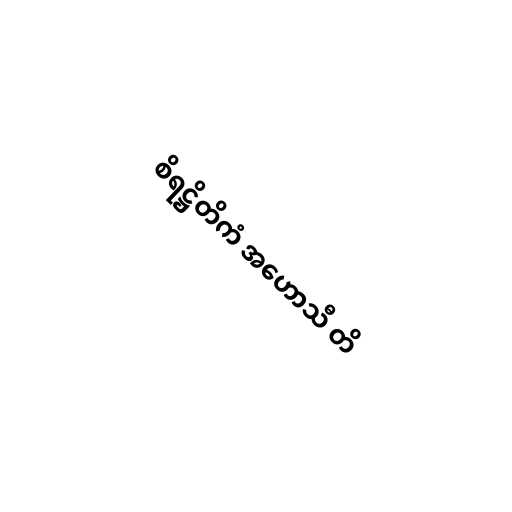
စိရဋ္ဌိတိကံ အဟောသီ တိ